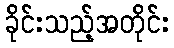
ခိုင်းသည့်အတိုင်း